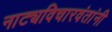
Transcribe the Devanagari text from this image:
नाट्यविचारवंतांनी